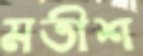
মতীশ